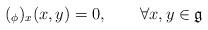
LaTeX: \begin{align*} (_\phi)_x(x,y) = 0,\;\;\;\;\;\;\; \forall x,y\in\mathfrak{g} \end{align*}